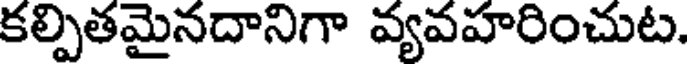
కల్పితమైనదానిగా వ్యవహరించుట.